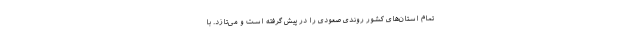
تمام استان‌های کشور روندی صعودی را در پیش گرفته است و می‌تازد. با